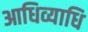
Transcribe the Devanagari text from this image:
आधिव्याधि